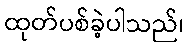
ထုတ်ပစ်ခဲ့ပါသည်၊